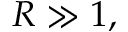
R \gg 1 ,